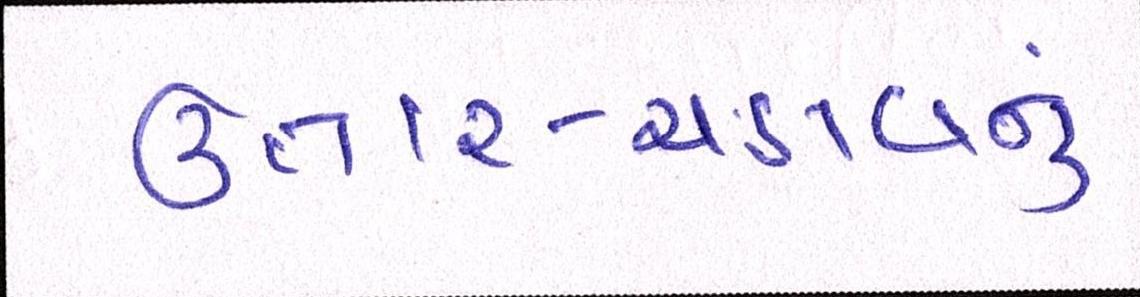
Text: ઉતાર-ચડાવનું